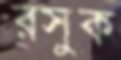
রসুক